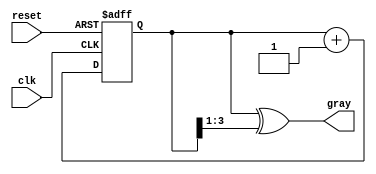
module gray_code_counter #(
    parameter N = 4  // Number of bits for the counter
)(
    input wire clk,          // Clock signal
    input wire reset,        // Reset signal
    output reg [N-1:0] gray  // Gray code output
);

    reg [N-1:0] binary_count; // Register to hold the current binary count

    // Binary to Gray Code conversion
    function [N-1:0] binary_to_gray;
        input [N-1:0] binary;
        begin
            binary_to_gray = binary ^ (binary >> 1);
        end
    endfunction

    // Synchronous process for counting
    always @(posedge clk or posedge reset) begin
        if (reset) begin
            binary_count <= 0; // Initialize binary count to 0
        end else begin
            binary_count <= binary_count + 1; // Increment binary count
        end
    end

    // Combinational logic to convert binary count to Gray code
    always @(*) begin
        gray = binary_to_gray(binary_count);
    end

endmodule